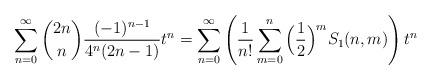
LaTeX: \begin{align*}\sum_{n=0}^\infty {2n \choose n} \frac{(-1)^{n-1}}{4^n (2n-1)} t^n = \sum_{n=0}^\infty \left( \frac{1}{n!} \sum_{m=0}^n \Big( \frac{1}{2} \Big)^m S_1(n,m) \right) t^n\end{align*}